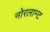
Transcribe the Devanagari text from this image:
नोरलान्ट